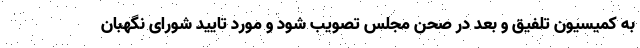
به کمیسیون تلفیق و بعد در صحن مجلس تصویب شود و مورد تایید شورای نگهبان